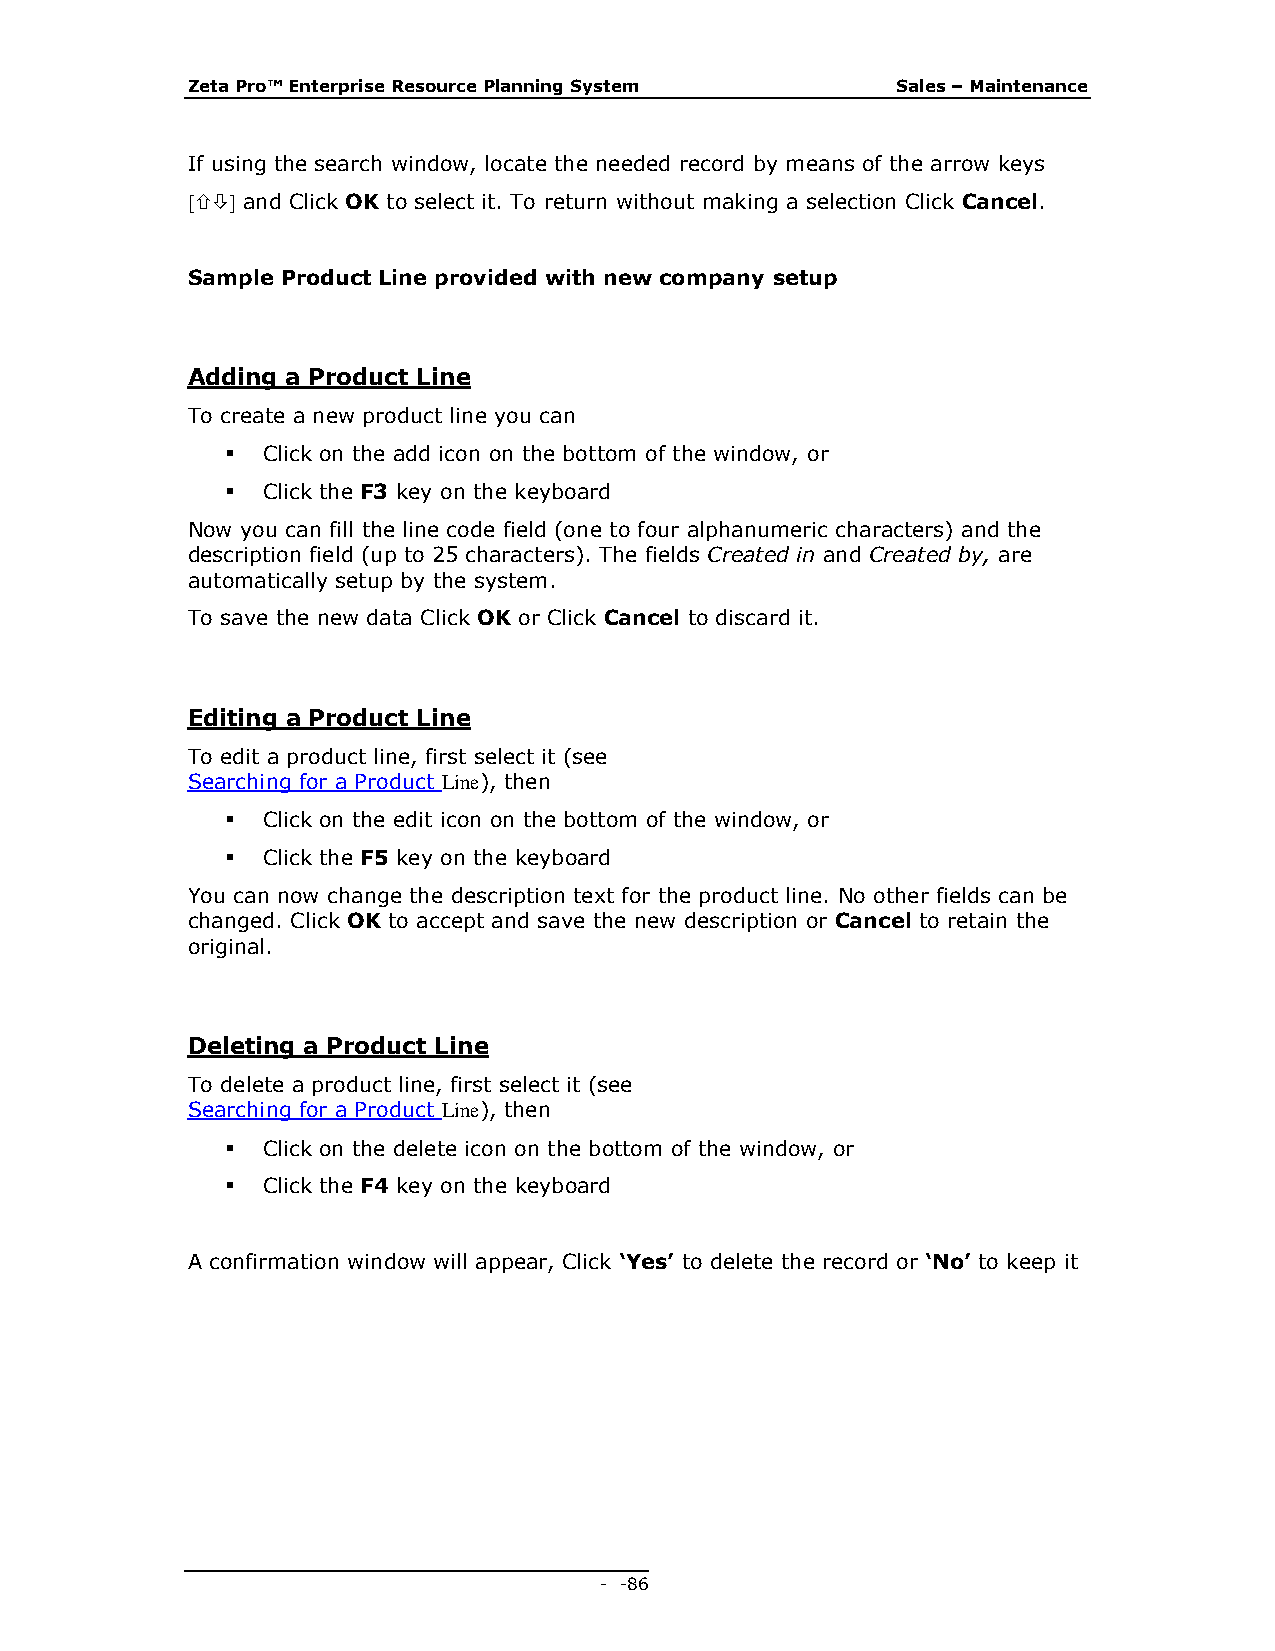
Zeta Pro™ Enterprise Resource Planning System  Sales – Maintenance
 If using the search window, locate the needed record by means of the arrow keys
  and Click OK to select it. To return without making a selection Click Cancel.
 Sample Product Line provided with new company setup
 Adding a Product Line
 To create a new product line you can
  Click on the add icon on the bottom of the window, or
  Click the F3 key on the keyboard
 Now you can fill the line code field (one to four alphanumeric characters) and the
 description field (up to 25 characters). The fields Created in and Created by, are
 automatically setup by the system.
 To save the new data Click OK or Click Cancel to discard it.
 Editing a Product Line
 To edit a product line, first select it (see
 Searching for a Product Line), then
  Click on the edit icon on the bottom of the window, or
  Click the F5 key on the keyboard
 You can now change the description text for the product line. No other fields can be
 changed. Click OK to accept and save the new description or Cancel to retain the
 original.
 Deleting a Product Line
 To delete a product line, first select it (see
 Searching for a Product Line), then
  Click on the delete icon on the bottom of the window, or
  Click the F4 key on the keyboard
 A confirmation window will appear, Click ‘Yes’ to delete the record or ‘No’ to keep it
 - - 86